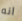
انه